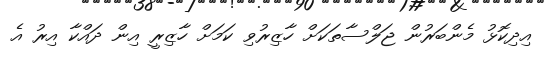
އިދިކޮޅު މެންބަރުން ޖަލްސާތަކަށް ހާޒިރުވި ކަމަށް ހާޒިރީ އިން ދައްކާ އިރު އެ